Vaccination United Provinces of Agra and Oudh 1914-1922 - 1914-1922
Year: 1914
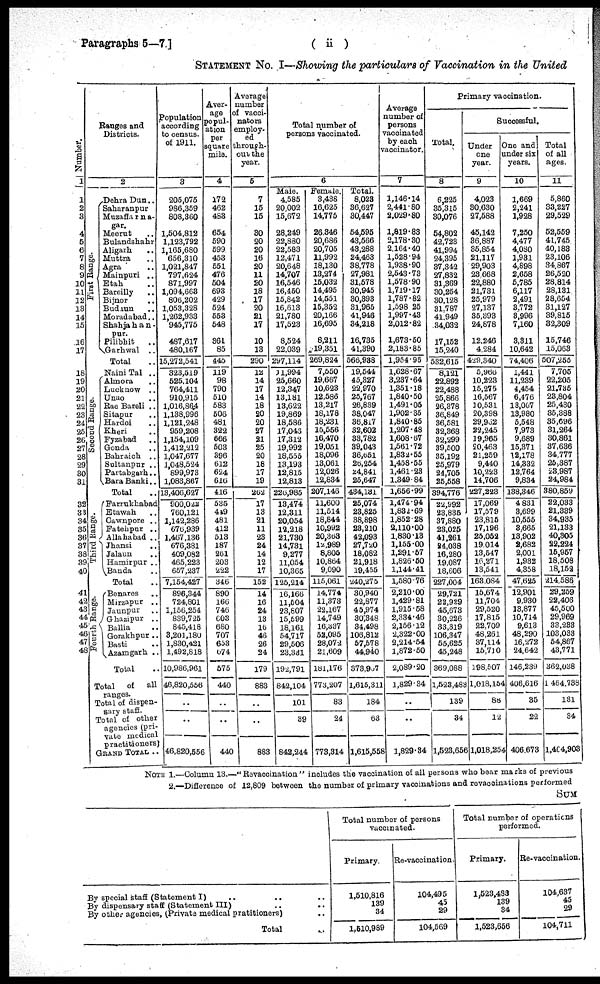
Paragraphs 5—7.]
( ii )
STATEMENT No. I—Showing the particulars of Vaccination in the United
Number.
1
1
2
3
4
5
6
7
8
9
10
11
12
13
14
15
16
17
18
19
20
21
22
23
24
25
26
27
28
29
30
31
32
33
34
35
36
37
38
39
40
41
42
43
44
45
46
47
48
Ranges and
Districts.
First Range.
Second Range.
Third Range.
Fourth Range.
2
Dehra Dun..
Saharanpur
Muzaffarna-
gar.
Meerut ..
Bulandshahr
Aligarh ..
Muttra ..
Agra ..
Mainpuri ..
Etah ..
Bareilly ..
Bijnor ..
Budaun ..
Moradabad..
Shahjahan -
pur.
Pilibhit
..
Garhwal ..
Total ..
Naini Tal ..
Almora ..
Lucknow ..
Unao ..
Rae Bareli ..
Sitapur ..
Hardoi ..
Kheri ..
Fyzabad ..
Gonda ..
Bahraich ..
Sultanpur ..
Partabgarh..
Bara Banki..
Total ..
Farrukhabad
Etawah ..
Cawnpore ..
Fatehpur ..
Allahabad ..
Jhansi ..
Jalaun ..
Hamirpur ..
Banda ..
Total ..
Benares
..
Mirzapur ..
Jaunpur ..
Ghazipur ..
Ballia ..
Gorakhpur ..
Basti ..
Azamgarh ..
Total ..
Total of all
ranges.
Total of dispen-
sary staff.
Total of other
agencies (pri-
vate medical
practitioners]
GRAND TOTAL ..
Population
according
to census.
of 1911.
3
205,075
986,359
808,360
1,504,812
1,123,792
1,165,680
656,310
1,021,847
797,624
871,997
1,094,663
806,202
1,053,328
1,262,933
945,775
487,617
480,167
15,272,541
323,519
525,104
764,411
910,915
1,016,864
1,138,996
1,121,248
959,208
1,154,109
1,412,212
1,047,677
1,048,524
899,973
1,083,867
13,406,627
900,022
760,121
1,142,286
676,939
1,467,136
676,381
409,082
465,223
657,237
7,154,427
896,344
724,801
1,156,254
839,725
845,418
3,201,180
1,830,421
1,492,818
10,986,961
46,820,556
..
..
46,820,556
Aver-
age
popul-
ation
per
square
mile.
4
172
462
483
654
590
599
453
551
476
504
693
429
524
553
548
361
85
445
119
98
790
510
583
506
481
322
666
503
396
612
624
616
416
535
449
481
412
513
187
261
203
222
346
890
166
746
003
680
707
653
074
575
440
..
..
440
Average
number
of vacci-
nators
employ-
ed
through-
out the
year.
5
7
15
15
30
20
20
16
20
11
20
18
17
20
21
17
10
13
290
12
14
17
14
18
20
20
27
21
25
20
18
17
19
262
17
13
21
11
23
24
14
12
17
152
14
16
24
13
16
46
26
24
179
883
..
..
883
Total number of
persons vaccinated.
6
Male.
4,585
20,002
15,672
28,249
22,880
22,583
12,471
20,648
14,707
16,546
16,450
15,842
16,613
21,780
17,523
8,524
22,039
297,114
11,994
25,660
12,347
13,181
13,622
19,869
18,586
17,046
17,312
19,992
18,555
13,193
12,815
12,813
226,985
13,474
12,311
20,054
12,218
21,730
14,731
9,277
11,054
10,365
125,214
16,166
11,504
23,807
15,599
18,161
54,717
29,506
23,331
192,791
842,104
101
39
842,244
Female.
3,438
16,625
14,775
26,346
20,686
20,705
11,992
18,130
13,274
15,032
14,495
14,551
15,352
20,166
16,695
8,211
19,351
269,824
7,550
19,667
10,623
12,586
13,217
18,178
18,231
15,556
16,470
19,051
18,096
13,061
12,026
12,834
207,146
11,600
11,514
18,844
10,992
20,363
12,989
8,805
10,864
9,090
115,061
14,774
11,373
22,167
14,749
16,337
52,095
28,072
21,609
181,176
773,207
83
24
773,314
Total.
8,023
36,627
30,447
54,595
43,566
43,288
24,463
38,778
27,981
31,578
30,945
30,393
31,965
41,946
34,218
16,735
41,390
566,938
19,544
45,327
22,970
25,767
26,839
38,047
36,817
32,602
33,782
39,043
36,651
26,254
24,841
25,647
434,131
25,074
23,825
38,898
23,210
42,093
27,720
18,082
21,918
19,455
240,275
30,940
22,877
45,974
30,348
34,498
106,812
57,578
44,940
373,937
1,615,311
184
63
1,615,558
Average
number of
persons
vaccinated
by each
vaccinator.
7
1,146.14
2,441.80
2,029.80
1,819.83
2,178.30
2,164.40
1,528.94
1,938.90
2,543.73
1,578.90
1,719.17
1,787.82
1,598. 25
1,997.43
2,012.82
1,673.50
2,183.85
1,954.96
1,628.67
3,237.64
1,351.18
1,840.50
1,491.05
1,902.35
1,840.85
1,207.48
1,608.67
1,561.72
1,832.55
1,458.55
1,461.23
1,349.84
1,656.99
1,474.94
1,832.69
1,852.28
2,110.00
1,830.13
1,155.00
1,291.57
1,826.50
1,144.41
1,580.76
2,210.00
1,429.81
1,915.58
2,334.46
2,156.12
2,322.00
2,214.54
1,872.50
2,089.20
1,829.34
..
..
1,829.34
Primary vaccination.
Total.
8
6,225
35,315
30,076
54,802
42,723
41,994
24,395
37,342
27,832
31,369
30,254
30,128
31,787
41,949
34,032
17,152
15,240
532,615
8,121
22,892
22,488
25,866
26,378
36,849
36,581
32,368
32,299
39,500
35,192
25,979
24,705
25,558
394,776
22,992
23,835
37,880
23,025
41,261
24,038
16,280
19,087
18,606
227,004
29,721
22,929
45,673
30,226
33,319
106,347
55,625
45,248
369,088
1,523,483
139
34
1,523,656
Successful.
Under
one
year.
9
4,023
30,630
27,588
45,142
36,887
35,854
21,117
29,903
23,668
22,880
21,731
25,979
27,137
35,393
24,878
12,246
4,284
429,340
5,966
10,223
15,275
16,567
10,531
20,398
29,932
22,245
19,965
20,463
21,259
9,440
10,223
14,706
227,223
17,069
17,579
23,815
17,196
25,052
19,014
13,547
16,271
13,541
163,084
15,674
11,704
29,520
17,815
22,709
48,261
37,114
15,710
198,507
1,018,154
88
12
1,018,254
One and
under six
years.
10
1,669
2,241
1,928
7,250
4,477
4,080
1,931
4,898
2,658
5,785
6,117
2,491
3,772
3,996
7,160
3,311
10,642
74,406
1,441
11,239
4,454
6,476
13,067
13,980
5,548
7,973
9,689
15,371
12,178
14,332
12,764
9,834
138,346
4,831
3,699
10,555
3,665
13,902
2,682
2,001
1,932
4,358
47,625
12,901
9,930
13,877
10,714
9,613
48,290
16,272
24,642
146,239
406,616
35
22
406,673
Total
of all
ages.
11
5,860
33,227
29,529
52,559
41,745
40,183
23,106
34,867
26,520
28,814
28,131
28,654
31,127
39,815
32,309
15,746
15,063
507,255
7,705
22,205
21,735
23,804
25,430
35,388
35,696
31,264
30,861
37,636
34,777
25,387
23,987
24,984
380,859
22,033
21,339
34,935
21,133
40,305
22,224
15,957
18,508
18,152
214,586
29,259
22,406
45,500
29,969
33,233
103,033
54,867
43,771
362,038
1,464,738
131
34
1,404,903
NOTE 1.—Column 13 "Revaccination" includes the vaccination of all persons who bear marks of previous
2.—Difference of 12,809 between the number of primary vaccinations and revaccinations performed
SUM
By special staff (Statement I)
..
..
..
By dispensary staff (Statement III) .. ..
By other agencies, (Private medical pratitioners) ..
Total ..
Total number of persons
vaccinated.
Primary.
1,510,816
139
34
1,510,989
Re-vaccination.
104,495
45
23
104,569
Total number of operations
performed.
Primary.
1,523,483
139
34
1,523,656
Re-vaccination.
104,637
45
29
104,711